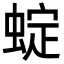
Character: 蝊